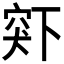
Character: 𬔋